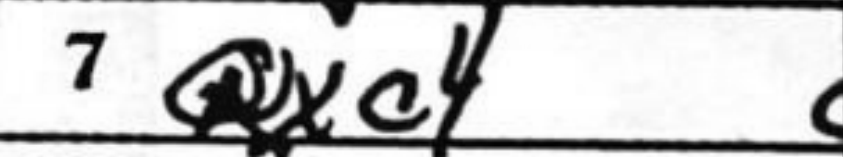
Transcription: Qxc4